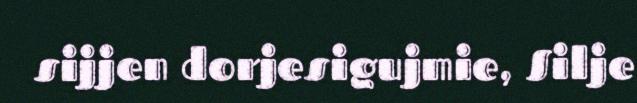
sijjen dorjesigujmie, Silje